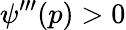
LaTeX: \psi^{\prime\prime\prime}(p)>0